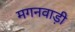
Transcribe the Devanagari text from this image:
मगनवाड़ी